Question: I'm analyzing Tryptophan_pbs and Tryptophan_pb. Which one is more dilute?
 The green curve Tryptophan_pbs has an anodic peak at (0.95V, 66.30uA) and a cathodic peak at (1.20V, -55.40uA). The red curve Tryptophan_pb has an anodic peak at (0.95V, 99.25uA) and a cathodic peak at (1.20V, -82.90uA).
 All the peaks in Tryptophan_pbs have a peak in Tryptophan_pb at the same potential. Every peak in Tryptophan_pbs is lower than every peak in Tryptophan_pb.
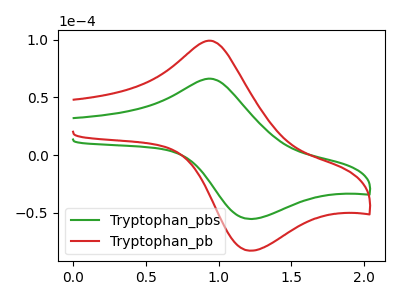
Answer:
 <answer>"Tryptophan_pbs" has less signal than "Tryptophan_pb" and so likely has a lower concentration.</answer>
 <eval>less_concentration</eval>